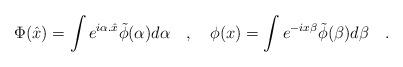
LaTeX: \begin{align*} \Phi(\hat x) = \int e^{i\alpha.\hat x} \tilde\phi(\alpha) d\alpha \quad , \quad \phi(x) = \int e^{- ix\beta}\tilde \phi (\beta) d\beta \quad .\end{align*}